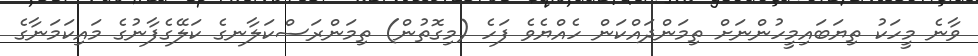
ވާނެ މީހަކު ތިޔަބައިމީހުންނަށް ތިމަންދައްކަން ހެއްޔެވެ ފަހެ (މިގޮތުން) ތިމަންރަސްކަލާނގެ ކަލޭގެފާނުގެ މައިކަމަނާގެ